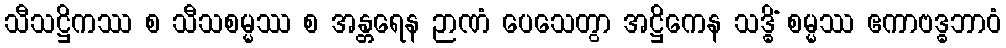
သီသဋ္ဌိကဿ စ သီသစမ္မဿ စ အန္တရေန ဉာဏံ ပေသေတွာ အဋ္ဌိကေန သဒ္ဓိံ စမ္မဿ ဧကာဗဒ္ဓဘာဝံ